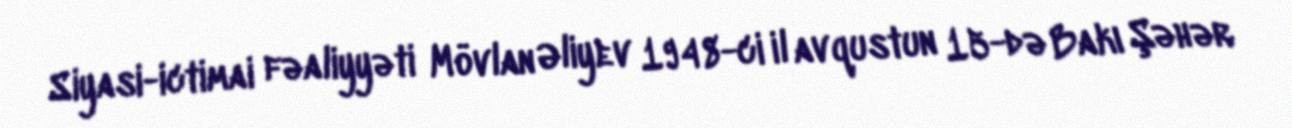
Siyasi-ictimai fəaliyyəti Mövlan Əliyev 1948-ci il avqustun 15-də Bakı Şəhər